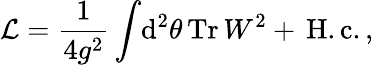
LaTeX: {\cal L}=\frac{1}{4g^{2}}\int\! \mathrm{d}^{2}\theta\, \mathrm{Tr}\, W^{2}+\, \mathrm{H.c.}\, ,